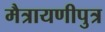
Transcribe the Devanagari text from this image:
मैत्रायणीपुत्र